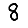
Digit: 8